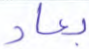
بعاد